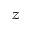
_ z